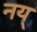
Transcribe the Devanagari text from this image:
नय्